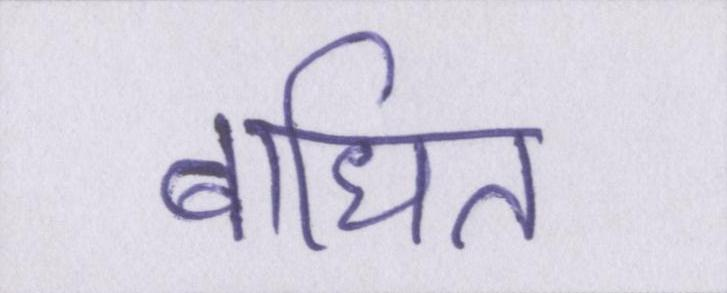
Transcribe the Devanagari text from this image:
बाधित